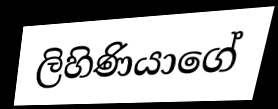
ලිහිණියාගේ